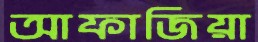
আফাজিয়া